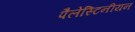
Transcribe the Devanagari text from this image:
पैलेस्टिनीयन